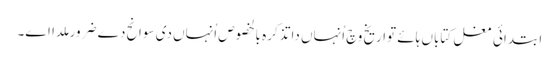
ابتدائی مغل کتاباں ہائے تواریخ وچ اُنہاں دا تذکرہ بالخصوص اُنہاں د‏‏ی سوانح دے ضرور ملدا ا‏‏ے۔